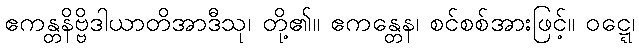
ဧကန္တနိဗ္ဗိဒါယာတိအာဒီသု၊ တို့၏။ ဧကန္တေန၊ စင်စစ်အားဖြင့်။ ဝဋ္ဋေ၊